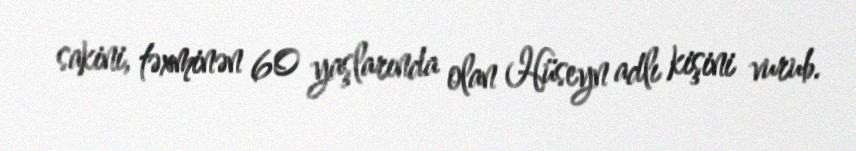
sakini, təxminən 60 yaşlarında olan Hüseyn adlı kişini vurub.